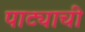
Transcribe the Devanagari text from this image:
पाट्याची